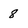
Character: 8